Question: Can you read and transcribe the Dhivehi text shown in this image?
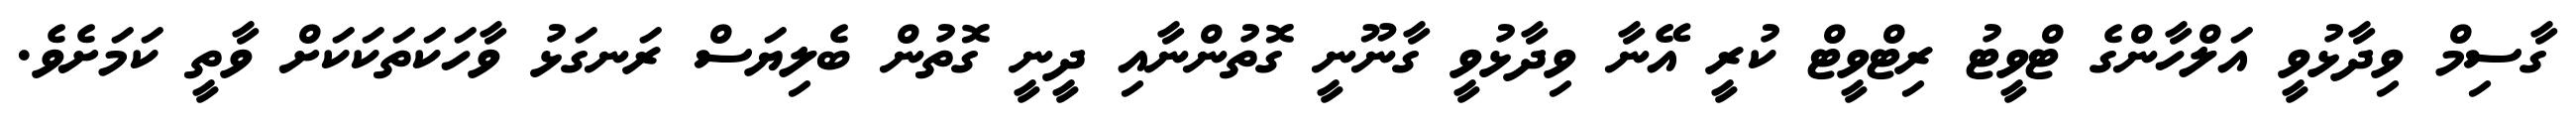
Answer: ގާސިމް ވިދާޅުވީ އަލްހާންގެ ޓްވީޓު ރިޓްވީޓް ކުރީ އޭނާ ވިދާޅުވީ ގާނޫނީ ގޮތުންނާއި ދީނީ ގޮތުން ބެލިޔަސް ރަނގަޅު ވާހަކަތަކަކަށް ވާތީ ކަމަށެވެ.